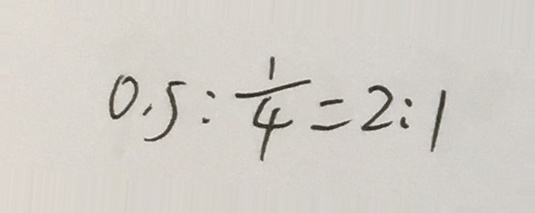
0 . 5 : \frac { 1 } { 4 } = 2 : 1